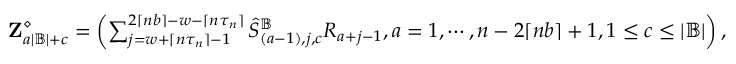
\begin{array} { r } { \mathbf Z _ { a | \mathbb { B } | + c } ^ { \diamond } = \left( \sum _ { j = w + \lceil n \tau _ { n } \rceil - 1 } ^ { 2 \lceil n b \rceil - w - \lceil n \tau _ { n } \rceil } \hat { S } _ { ( a - 1 ) , j , c } ^ { \mathbb { B } } R _ { a + j - 1 } , a = 1 , \cdots , n - 2 \lceil n b \rceil + 1 , 1 \leq c \leq | \mathbb { B } | \right) , } \end{array}